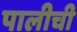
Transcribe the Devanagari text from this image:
पालीची